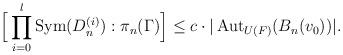
LaTeX: \begin{align*}\Big[\prod_{i=0}^l \operatorname{Sym}(D_n^{(i)}) : \pi_n(\Gamma)\Big] \leq c \cdot |\operatorname{Aut}_{U(F)}(B_n(v_0))|.\end{align*}